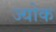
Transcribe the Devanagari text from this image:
ज्योक